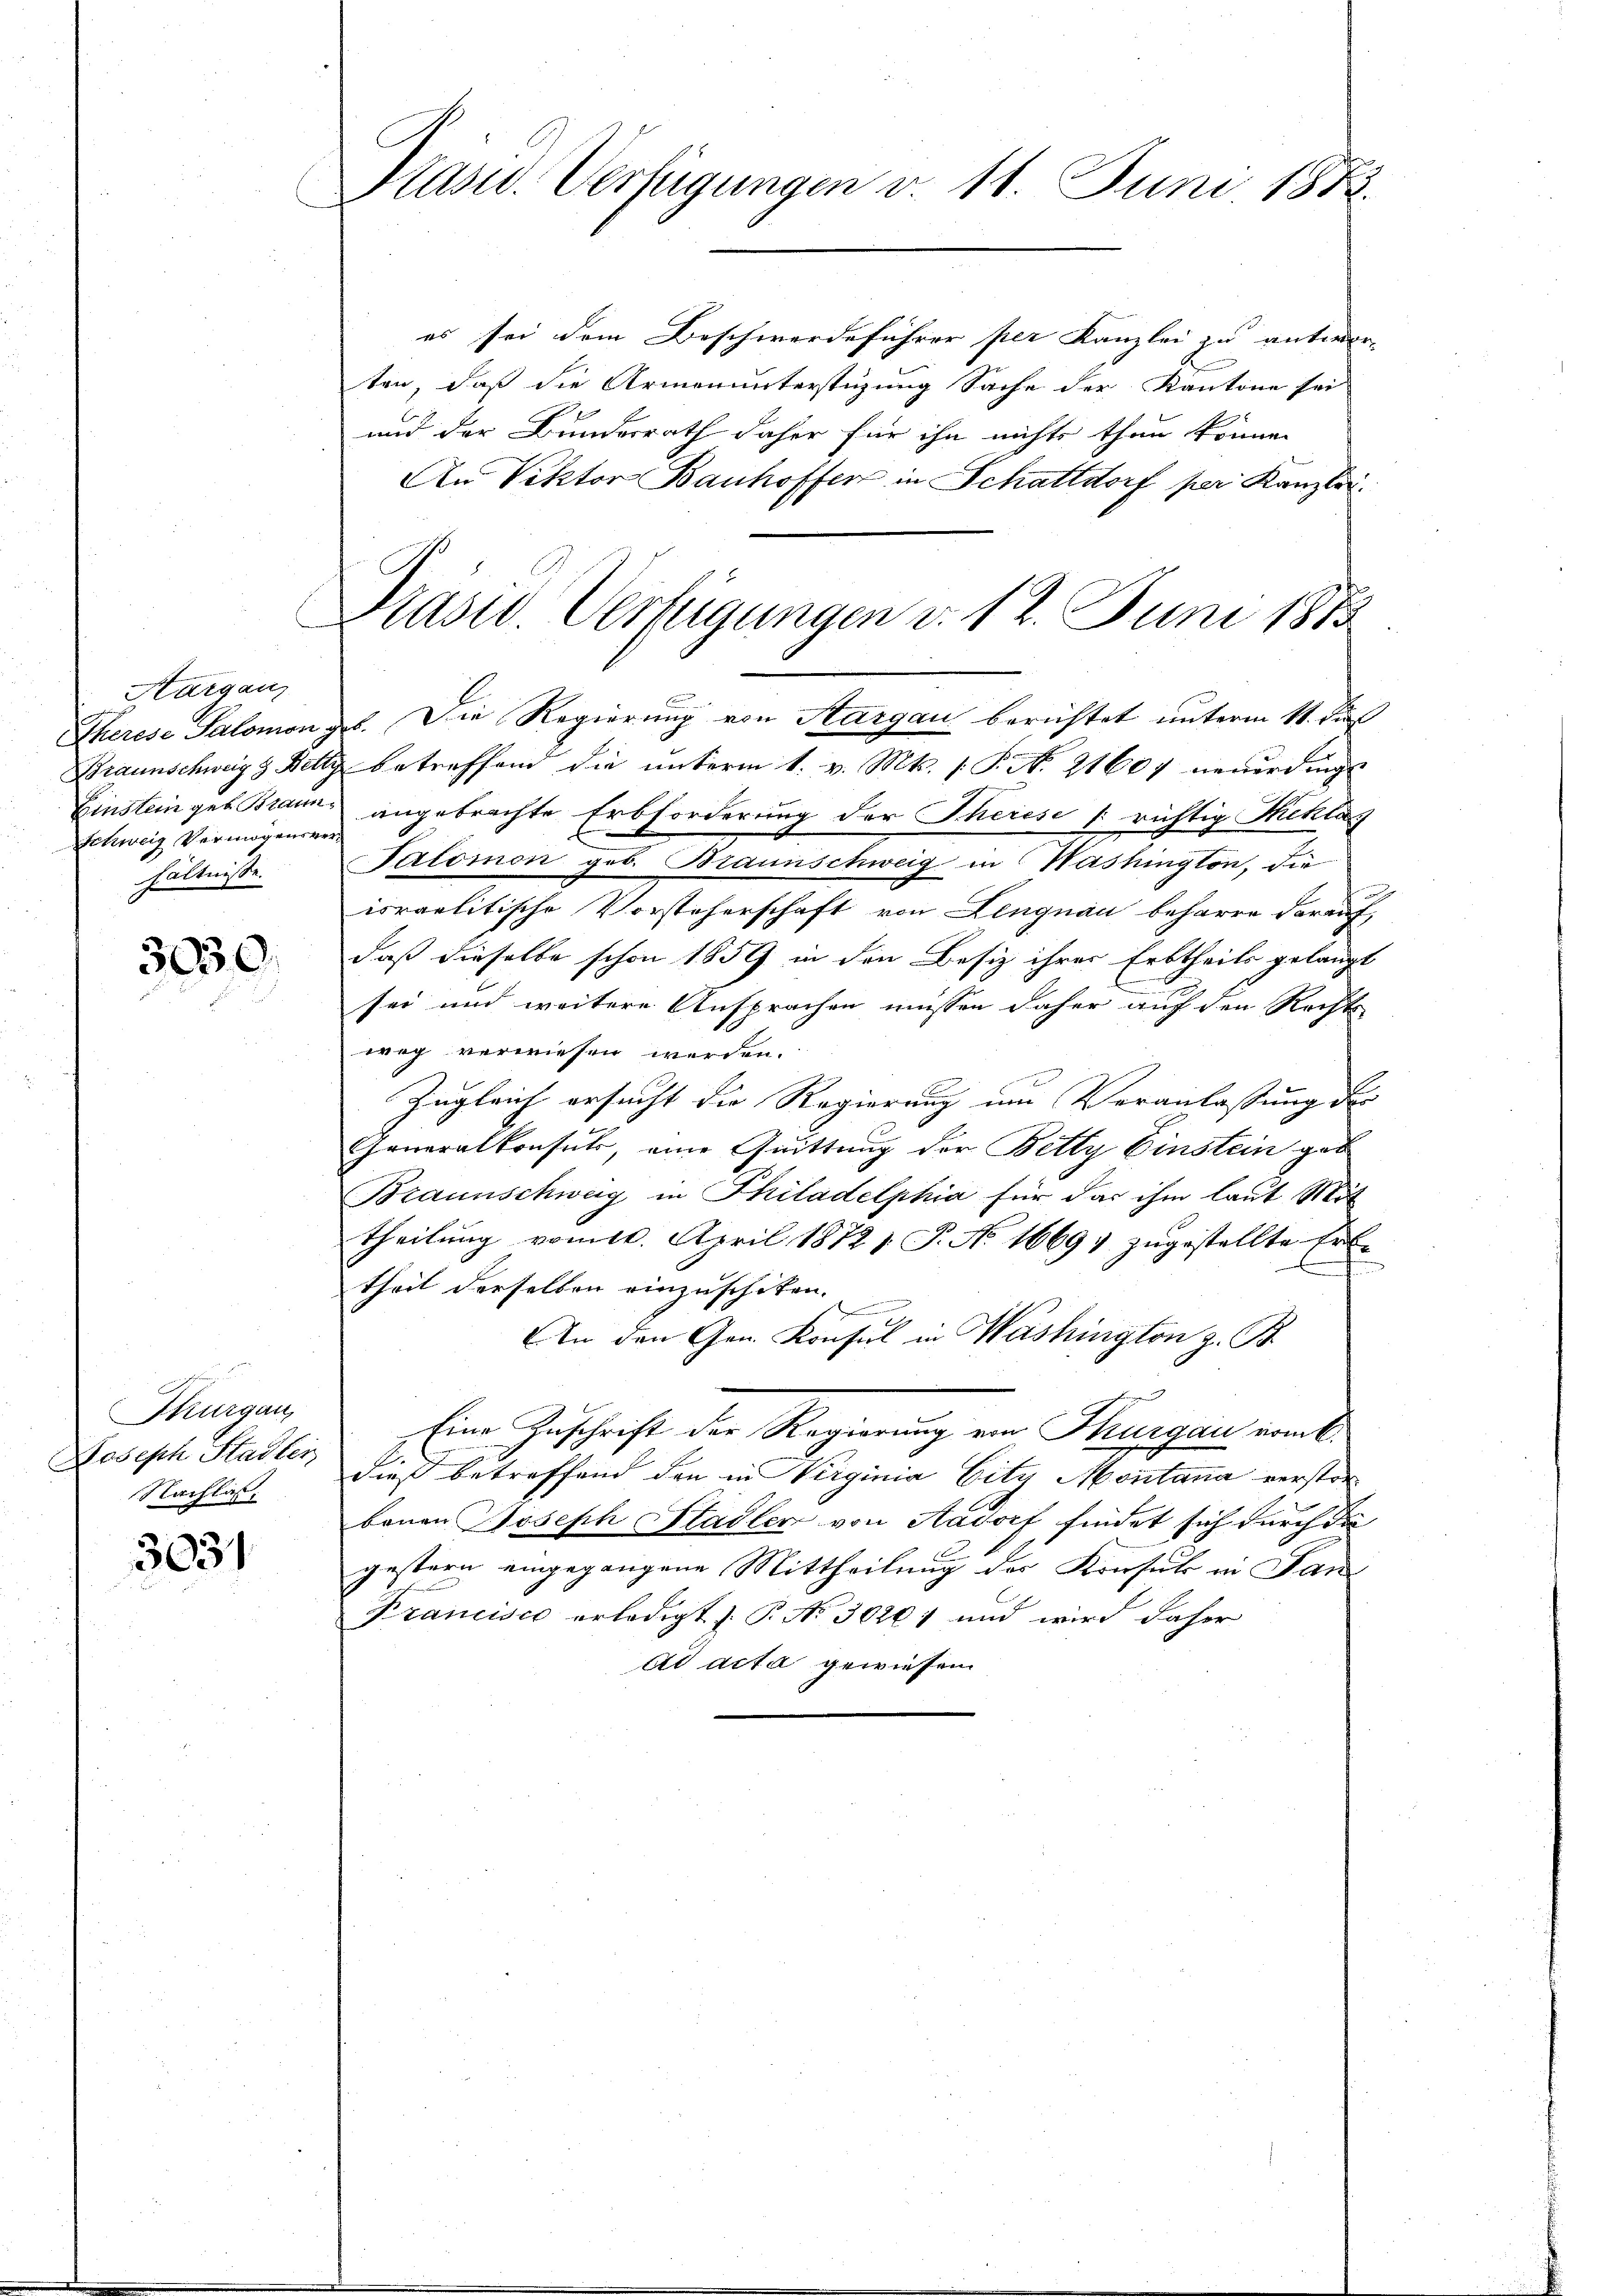
Aarganz
Einstein geb. Braun
Schweig Vermögensverhältnisse.

3030.

Thurgau,
Joseph Stadler
Nachlass

3031

Präsid. Verfügungen v. 11. Juni 1883.

es sei dem Beschwerdeführer per Kanzlei zu antwor-
ten, daß die Armenunterstüzung Sache der Kantone sei
und der Bundesrath daher für ihn nichts thun können
An Rektor Bauhoffer in Schattdorf per Kanzlei.
Therese Salomon geb. Die Regierung von Sargau berichtet unterm 11. di
Braunschweiz & Bettz betreffend die unterm 1. v. Mt. P. N. 21607 neuerdings
angebrachte Erbforderung der Therese richtig Theklag
Palomon geb. Braunschweig in Washington, die
israelitische Vorsteherschaft von Lengnau beharre darauf,
daß dieselbe schon 1859 in den Besiz ihrer Erbtheils gelangt
sei und weitere Ansprachen müssen daher auf den Rechts-
weg verwiesen werden.
Zugleich ersucht die Regierung um Veranlassung des |
Generalkonsuls, eine Quittung der Betty Einstein geb
Braunschweg in Philadelphia für das ihm laut Mit
theilung vom 10. April 1872 s. P. No. 1669, zugestellte Erte
theil derselben einzuschiken.
.
An den Gen. Konsul in Washington z. B.
Eine Zuschrift der Regierung ein Thurgau vom
dieß betreffend den in Virginia Gitz Montana verstorbauen Joseph Stadler von Aadorf findet sich durch da
gestern eingegangene Mittheilung der Konsul in Jan
Francisco erledigt P. No 30261 und wird daher
ad acta gewiesen

C
Prasiv. Verfügungen d. 12. Juni 1873.